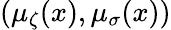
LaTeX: (\mu_{\zeta}(x),\mu_{{\sigma}}(x))